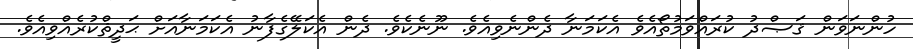
ހުންނަވަން ޤަޞްދު ކުރައްވަމުތޯއެވެ އެކަމަނާ ދެންނެވިއެވެ. ނޫނެކެވެ. ދެން އެކަލޭގެފާނު އެކަމަނާއަށް ޙަދީޘްކުރެއްވިއެވެ.